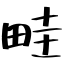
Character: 畦